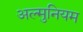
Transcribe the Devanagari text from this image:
अल्मुनियम